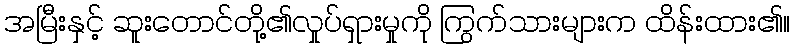
အမြီးနှင့် ဆူးတောင်တို့၏လှုပ်ရှားမှုကို ကြွက်သားများက ထိန်းထား၏။